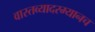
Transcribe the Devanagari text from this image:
वास्तव्यादरम्यानच